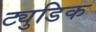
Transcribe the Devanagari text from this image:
ट्युडिक